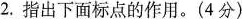
2.指出下面标点的作用。(4分)